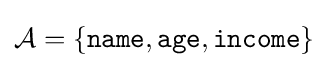
{\mathcal {A}}=\{{\texttt {name}},{\texttt {age}},{\texttt {income}}\}